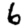
Digit: 6